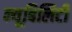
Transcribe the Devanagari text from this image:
न्यूबिलिटी